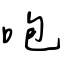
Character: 咆